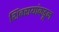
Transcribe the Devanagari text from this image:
शिवरायांकडून